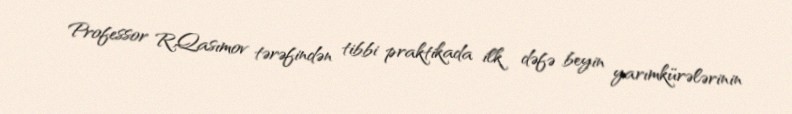
Professor R.Qasımov tərəfindən tibbi praktikada ilk dəfə beyin yarımkürələrinin